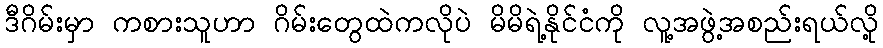
ဒီဂိမ်းမှာ ကစားသူဟာ ဂိမ်းတွေထဲကလိုပဲ မိမိရဲ့နိုင်ငံကို လူ့အဖွဲ့အစည်းရယ်လို့